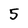
Character: 5